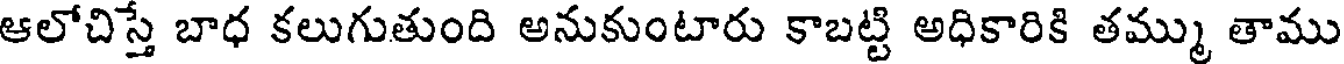
ఆలోచిస్తే బాధ కలుగుతుంది అనుకుంటారు కాబట్టి అధికారికి తమ్ము తాము